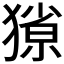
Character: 𭸥